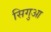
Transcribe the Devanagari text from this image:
सिगुआ